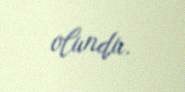
olundu.